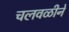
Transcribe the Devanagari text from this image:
चलवळीने